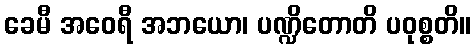
ခေမီ အဝေရီ အဘယော၊ ပဏ္ဍိတောတိ ပဝုစ္စတိ။